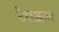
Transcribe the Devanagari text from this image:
टेरराइजर